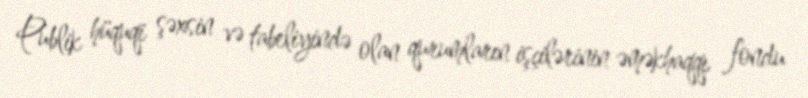
Publik hüquqi şəxsin və tabeliyində olan qurumların işçilərinin əməkhaqqı fondu